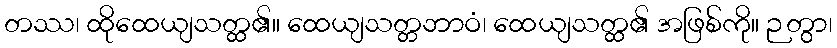
တဿ၊ ထိုထေယျသတ္ထ၏။ ထေယျသတ္တဘာဝံ၊ ထေယျသတ္ထ၏ အဖြစ်ကို။ ဉတွာ၊